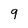
Character: 9